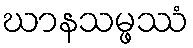
ဃာနသမ္ဖဿံ